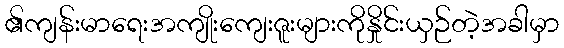
၏ကျန်းမာရေးအကျိုးကျေးဇူးများကိုနှိုင်းယှဉ်တဲ့အခါမှာ